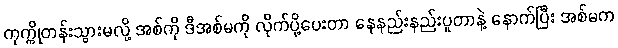
ကုက္ကိုတန်းသွားမလို့ အစ်ကို ဒီအစ်မကို လိုက်ပို့ပေးတာ နေနည်းနည်းပူတာနဲ့ နောက်ပြီး အစ်မက